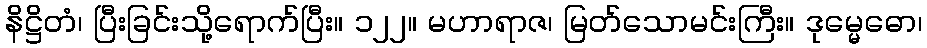
နိဋ္ဌိတံ၊ ပြီးခြင်းသို့ရောက်ပြီး။ ၁၂၂။ မဟာရာဇ၊ မြတ်သောမင်းကြီး။ ဒုမ္မေဓော၊